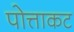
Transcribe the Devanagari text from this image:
पोत्ताकट